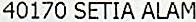
40170 SETIA ALAM